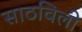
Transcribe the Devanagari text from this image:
साठविली